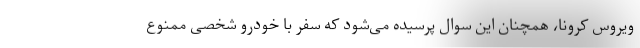
ویروس کرونا، همچنان این سوال پرسیده می‌شود که سفر با خودرو شخصی ممنوع